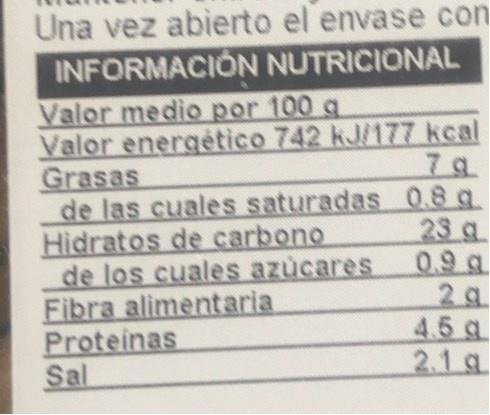
Una vez abierto el envase con INFORMACIÓN NUTRICIONAL
Valor medio por 100 g Valor energético 742 kJ/177 kcal Grasas de las cuales saturadas 0.8 g Hidratos de carbono de los cuales azucares Fibra alimentaria Proteinas Sal
7g
23 a 0.9 g 2 9 4.5 g 2.1 g